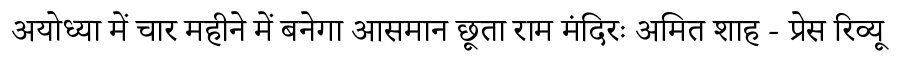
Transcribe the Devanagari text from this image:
अयोध्या में चार महीने में बनेगा आसमान छूता राम मंदिरः अमित शाह - प्रेस रिव्यू